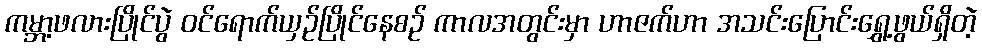
ကမ္ဘာ့ဖလားပြိုင်ပွဲ ဝင်ရောက်ယှဉ်ပြိုင်နေစဉ် ကာလအတွင်းမှာ ဟာဇက်ဟာ အသင်းပြောင်းရွှေ့ဖွယ်ရှိတဲ့